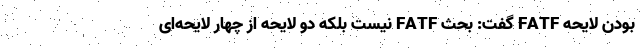
بودن لایحه FATF گفت: بحث FATF نیست بلکه دو لایحه از چهار لایحه‌ای